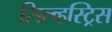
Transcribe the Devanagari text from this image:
सिल्व्हस्ट्रिस